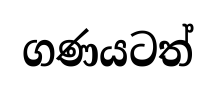
ගණයටත්